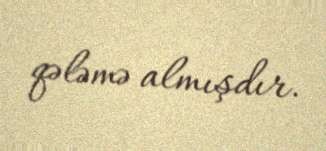
qələmə almışdır.